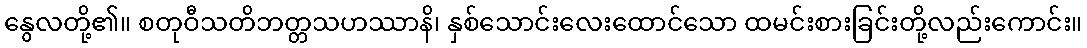
နွေလတို့၏။ စတုဝီသတိဘတ္တသဟဿာနိ၊ နှစ်သောင်းလေးထောင်သော ထမင်းစားခြင်းတို့လည်းကောင်း။